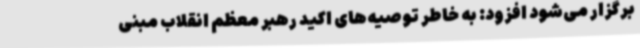
برگزار می‌شود افزود: به خاطر توصیه‌های اکید رهبر معظم انقلاب مبنی